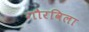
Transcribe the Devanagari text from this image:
गौरविला